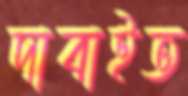
দাবাইত